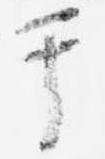
于